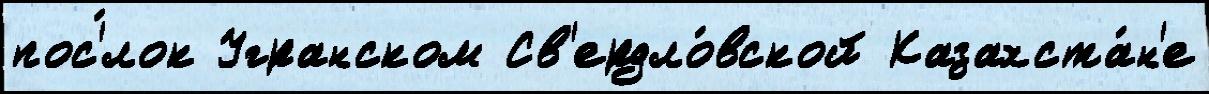
пос'́лок Угранском Св'ердло́вской Казахста́н'е